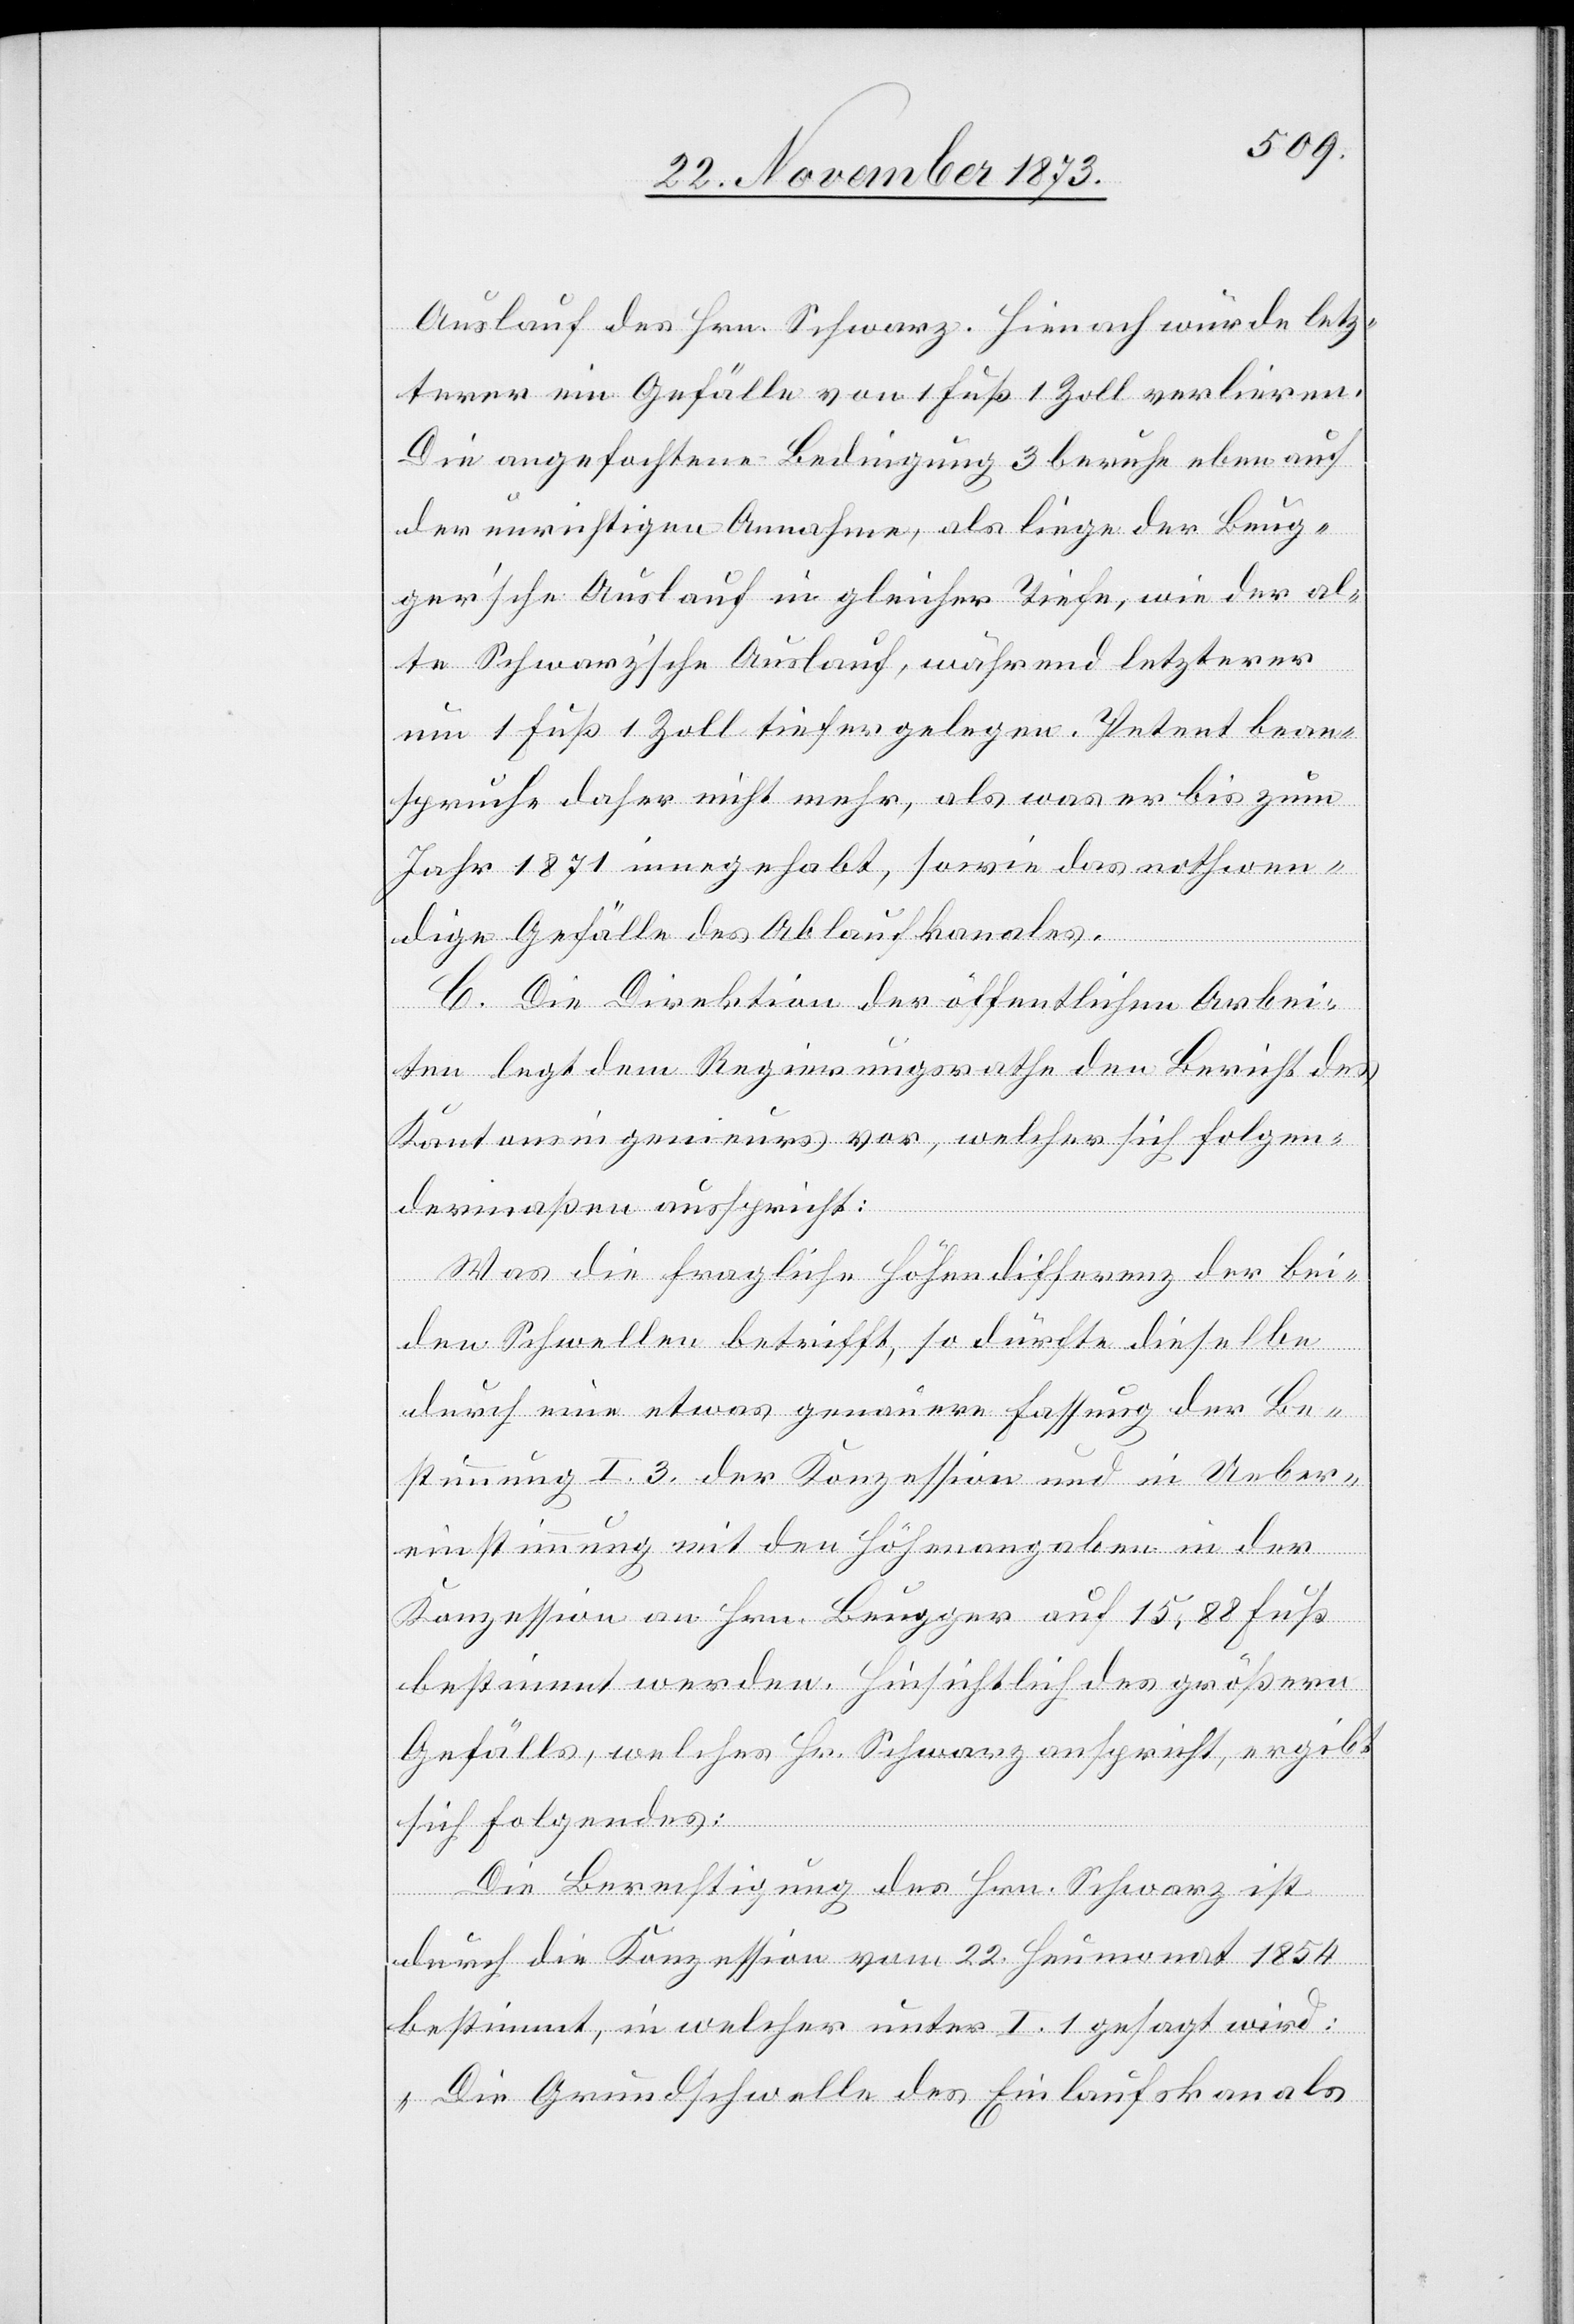
Auslauf des Hrn. Schwarz. Hierauf würde letz¬
terer ein Gefälle von 1 Fuß 1 Zoll verlieren.
Die angefochtene Bedingung 3 beruhe aber auf
der unrichtigen Annahme, als liege der Beug¬
ger’sche Auslauf in gleicher Tiefe, wie der al¬
te Schwarz’sche Auslauf, während letzterer
um 1 Fuß 1 Zoll tiefer gelegen. Petent bean¬
spruche daher nicht mehr, als was er bis zum
Jahr 1871 innegehabt, sowie das nothwen¬
dige Gefälle des Ablaufkanales.
C. Die Direktion der öffentlichen Arbei¬
ten legt dem Regierungsrathe den Bericht des
Kantonsingenieurs vor, welcher sich folgen¬
dermaßen ausspricht:
Was die fragliche Höhendifferenz der bei¬
den Schwellen betrifft, so dürfte dieselbe
durch eine etwa genauere Fassung der Be¬
stimmung I. 3. der Konzession und in Ueber¬
einstimmung mit den Höhenangaben in der
Konzession an Hrn. Beugger auf 15,88 Fuß
bestimmt werden. Hinsichtlich des größern
Gefälls, welches Hr. Schwarz anspricht, ergibt
sich Folgendes:
Die Berechtigung des Hrn. Schwarz ist
durch die Konzession vom 22. Heumonat 1854
bestimmt, in welcher unter I. 1 gesagt wird:
„Die Grundschwelle des Einlaufskanals